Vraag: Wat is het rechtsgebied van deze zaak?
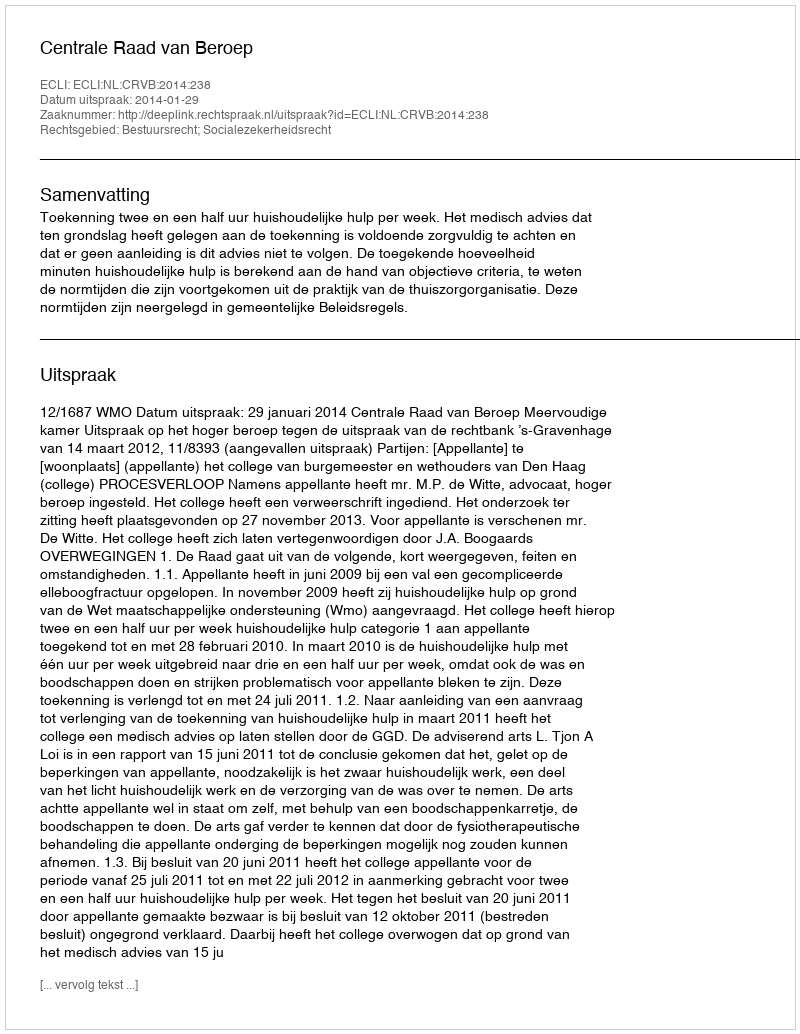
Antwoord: Bestuursrecht; Socialezekerheidsrecht